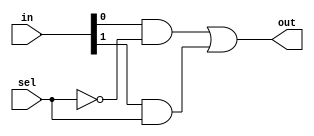
module Mux21(out, in, sel);
    // input/output declaration
    output out;
    input [1:0] in;
    input sel;
    // wire declaration
    wire N0, N1, N2;

    // gate level logic
    not NOT0(N0, sel);
    and AND0(N1, in[0], N0); // selects in[0] if sel is 0
    and AND1(N2, in[1], sel); // selects in[1] if sel is 1
    or OR0(out, N1, N2); // output from the AND gates
endmodule